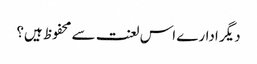
دیگر ادارے اس لعنت سے محفوظ ہیں؟